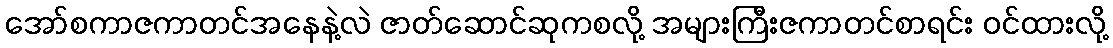
အော်စကာဇကာတင်အနေနဲ့လဲ ဇာတ်ဆောင်ဆုကစလို့ အများကြီးဇကာတင်စာရင်း ဝင်ထားလို့